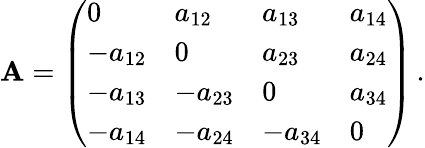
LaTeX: \mathbf{A}=\left(\begin{array}{llll}{0}&{a_{12}}&{a_{13}}&{a_{14}}\\ {-a_{12}}&{0}&{a_{23}}&{a_{24}}\\ {-a_{13}}&{-a_{23}}&{0}&{a_{34}}\\ {-a_{14}}&{-a_{24}}&{-a_{34}}&{0}\end{array}\right)\, .